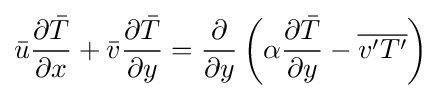
{\bar {u}}{\frac {\partial {\bar {T}}}{\partial x}}+{\bar {v}}{\frac {\partial {\bar {T}}}{\partial y}}={\frac {\partial }{\partial y}}\left(\alpha {\frac {\partial {\bar {T}}}{\partial y}}-{\overline {v'T'}}\right)